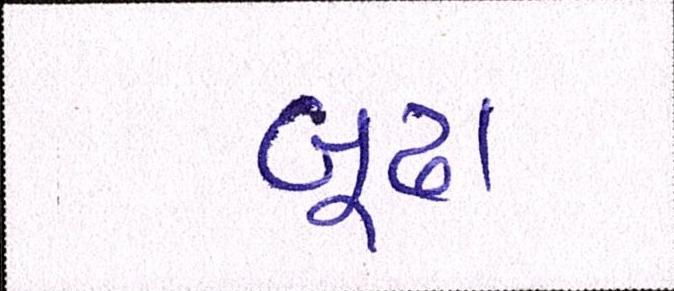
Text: બૂઢા